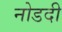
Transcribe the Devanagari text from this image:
नोडदी